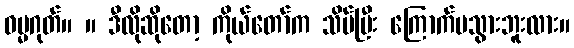
ဓမ္မဂုတ်။ ။ ဒီလိုဆိုတော့ ကိုယ်တော်က သိပ်ပြီး ကြောက်မသွားဘူးလား။